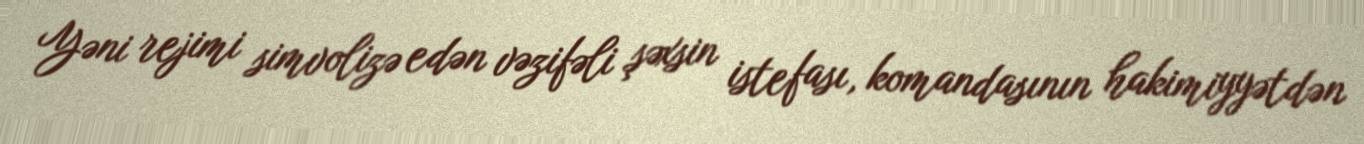
Yəni rejimi simvolizə edən vəzifəli şəxsin istefası, komandasının hakimiyyətdən